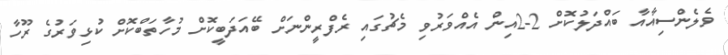
ވެލެންސިއާއާ ބައްދަލުކޮށް 2-2އިން އެއްވަރުވި މެޗުގައި ރެފްރީންނަށް ބޭއަދަބީކޮށް މުހާތަބްކޮށް ކުޅިވަރުގެ ރޫހާ